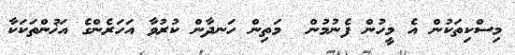
މިސްކިތަކުން އެ މީހުން ފެނުމުން  މަތިން ހަނދާން ކުރުވާ އަހަރެންގެ އަޚުންތަކަކާ